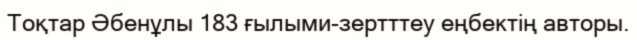
Тоқтар Әбенұлы 183 ғылыми-зертттеу еңбектің авторы.